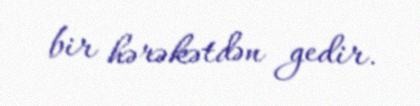
bir hərəkətdən gedir.